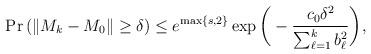
LaTeX: \begin{align*}\Pr\left(\|M_k - M_0\| \geq \delta\right) \leq e^{\max\{s,2\}} \exp\bigg(-\frac{c_0\delta^2}{\sum_{\ell=1}^{k} b_\ell^2}\bigg),\end{align*}